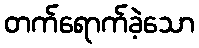
တက်ရောက်ခဲ့သော